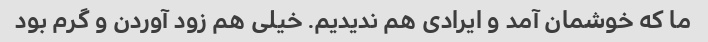
ما که خوشمان آمد و ایرادی هم ندیدیم. خیلی هم زود آوردن و گرم بود